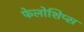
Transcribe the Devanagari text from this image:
फेलोशिप्स